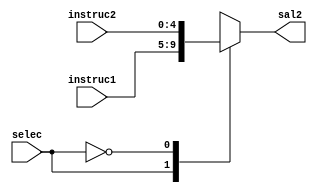
`timescale 1ns/1ns
module Mux_E(
	input [4:0]instruc1,
	input [4:0]instruc2,
	input selec,
	output reg [4:0]sal2
);
always @* 
begin
	case(selec)
		5'b1: sal2 = instruc1;
		5'b0: sal2 = instruc2;
	endcase
end
endmodule